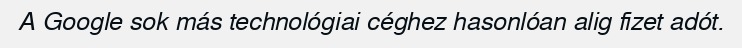
A Google sok más technológiai céghez hasonlóan alig fizet adót.